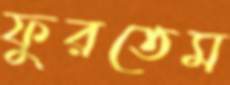
ফুরতেম